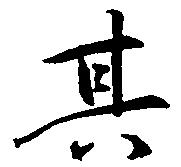
其